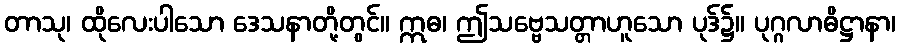
တာသု၊ ထိုလေးပါသော ဒေသနာတို့တွင်။ ဣဓ၊ ဤသဗ္ဗေသတ္တာဟူသော ပုဒ်၌။ ပုဂ္ဂလာဓိဋ္ဌာနာ၊